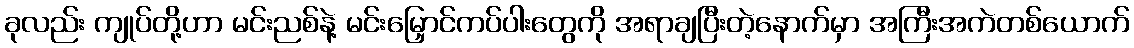
ခုလည်း ကျုပ်တို့ဟာ မင်းညစ်နဲ့ မင်းမြှောင်ကပ်ပါးတွေကို အရာချပြီးတဲ့နောက်မှာ အကြီးအကဲတစ်ယောက်